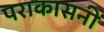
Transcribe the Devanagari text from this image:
पराकासनी